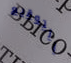
التوقيع